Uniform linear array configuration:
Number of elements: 4
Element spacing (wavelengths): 0.5
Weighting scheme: kaiser
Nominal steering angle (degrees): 30
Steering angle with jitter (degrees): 31.969
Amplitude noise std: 0.05
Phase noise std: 0.05

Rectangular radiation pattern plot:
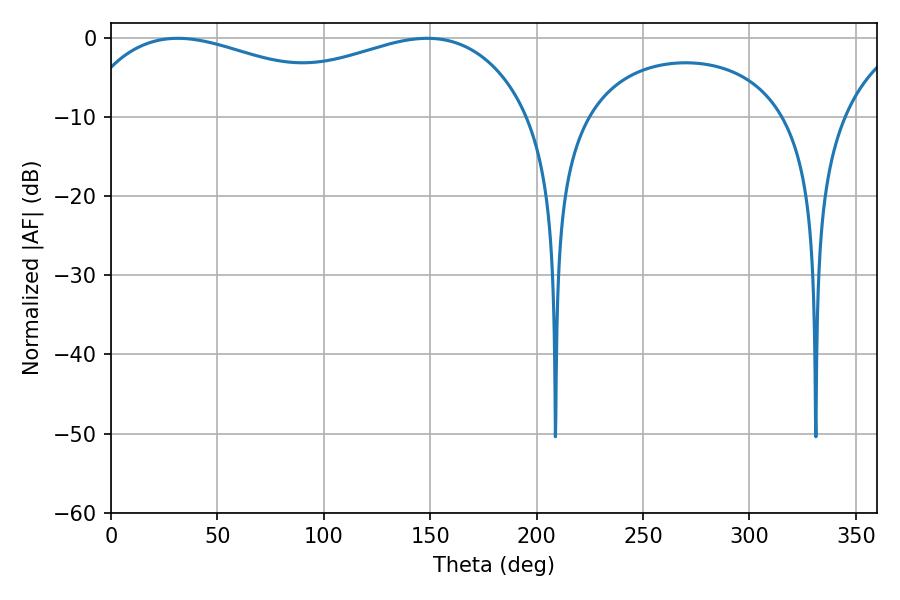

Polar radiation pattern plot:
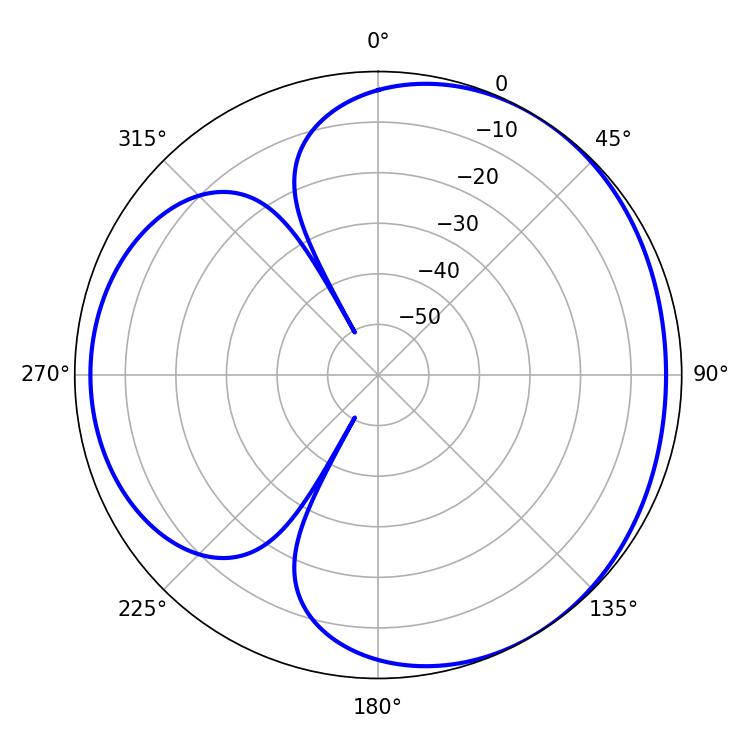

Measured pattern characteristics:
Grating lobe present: FALSE
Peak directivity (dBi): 3.483
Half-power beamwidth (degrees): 80.82
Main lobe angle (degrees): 31.32